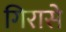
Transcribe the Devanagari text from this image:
गिरासे